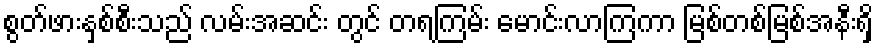
စွတ်ဖားနှစ်စီးသည် လမ်းအဆင်း တွင် တရကြမ်း မောင်းလာကြကာ မြစ်တစ်မြစ်အနီးရှိ